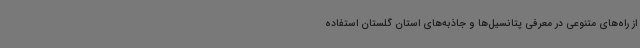
از راه‌های متنوعی در معرفی پتانسیل‌ها و جاذبه‌های استان گلستان استفاده